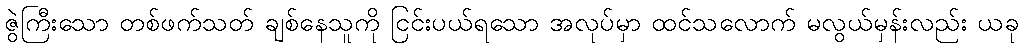
ဇွဲကြီးသော တစ်ဖက်သတ် ချစ်နေသူကို ငြင်းပယ်ရသော အလုပ်မှာ ထင်သလောက် မလွယ်မှန်းလည်း ယခု